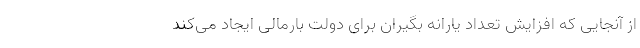
از آنجایی که افزایش تعداد یارانه بگیران برای دولت بارمالی ایجاد می‌کند